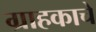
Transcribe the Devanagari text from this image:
ग्राहकाचे